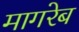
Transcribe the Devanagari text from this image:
मागरेब